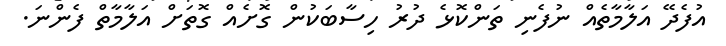
އުފެދޭ އަލާމާތެއް ނުފެނި ތަންކޮޅެ ދުރު ހިސާބަކުން ގޮށެއް ގޮތަށް އަލާމާތް ފެންނަ.